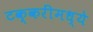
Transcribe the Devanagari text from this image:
टक्करींमध्ये